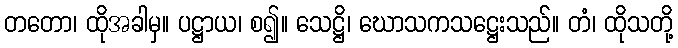
တတော၊ ထိုအခါမှ။ ပဋ္ဌာယ၊ စ၍။ သေဋ္ဌိ၊ ဃောသကသဋ္ဌေးသည်။ တံ၊ ထိုသတို့